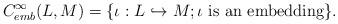
LaTeX: \begin{align*}C^{\infty}_{emb}(L, M) = \{ \iota: L \hookrightarrow M; \iota \mbox{ is an embedding} \}.\end{align*}